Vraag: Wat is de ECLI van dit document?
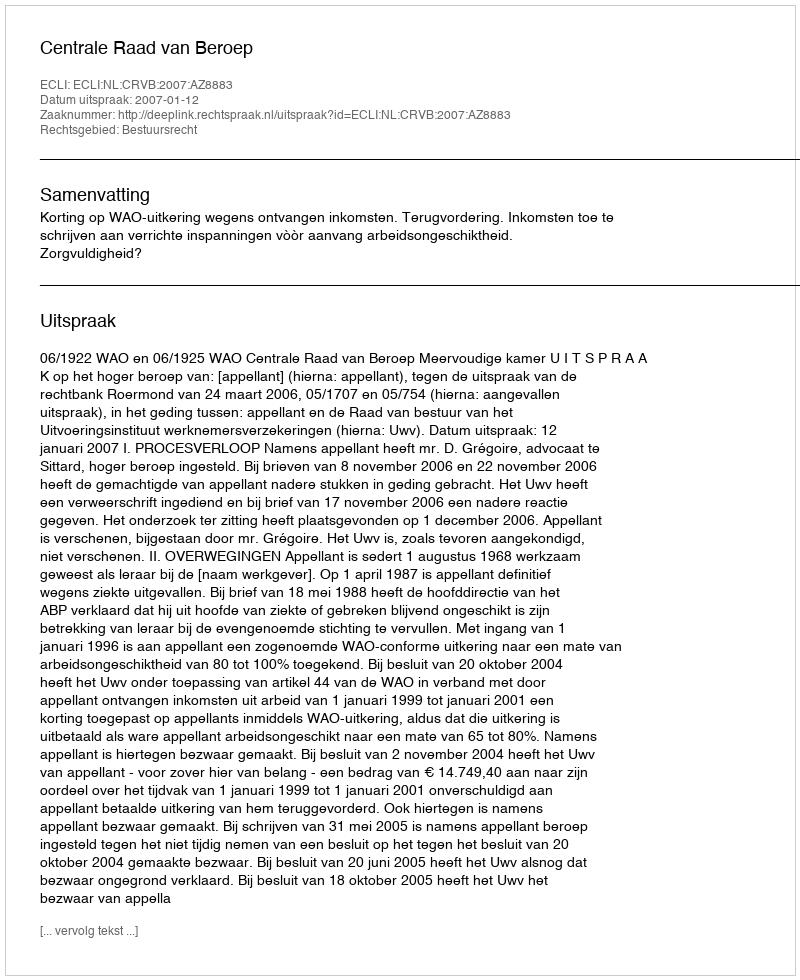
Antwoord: ECLI:NL:CRVB:2007:AZ8883